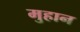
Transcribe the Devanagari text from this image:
मुहान